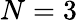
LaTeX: N=3